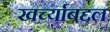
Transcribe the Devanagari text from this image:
खर्च्याबद्दल